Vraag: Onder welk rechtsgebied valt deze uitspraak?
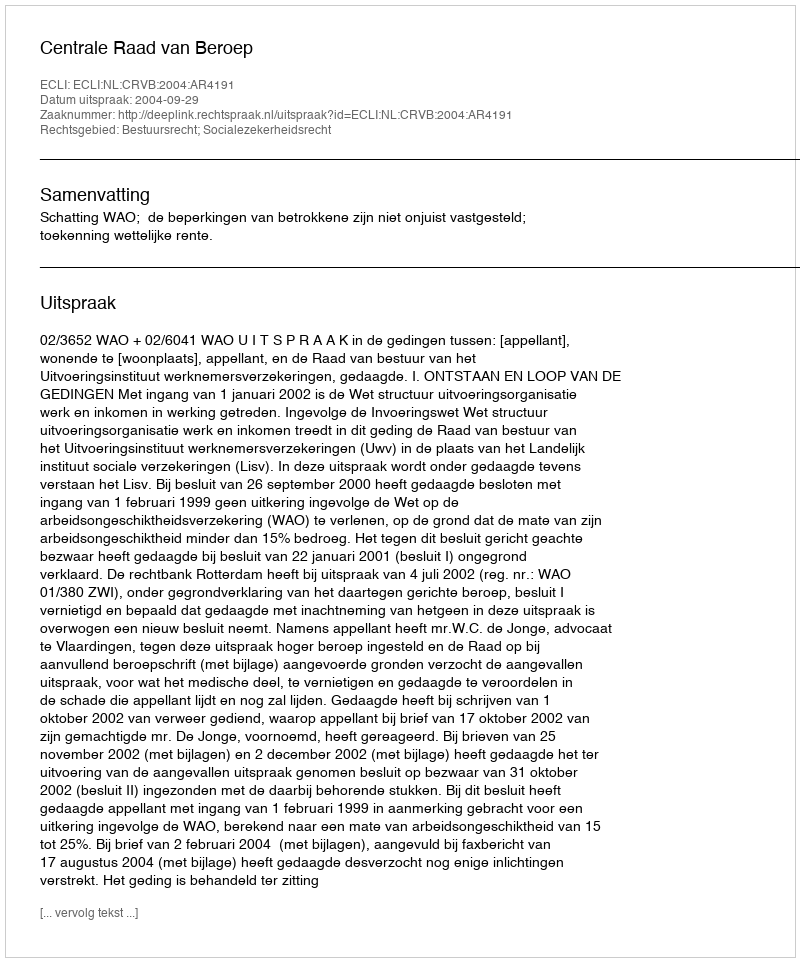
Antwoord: Bestuursrecht; Socialezekerheidsrecht